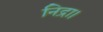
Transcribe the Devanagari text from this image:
निद्रा।